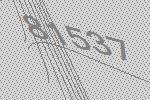
81537